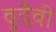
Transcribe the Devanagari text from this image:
दुदैवी